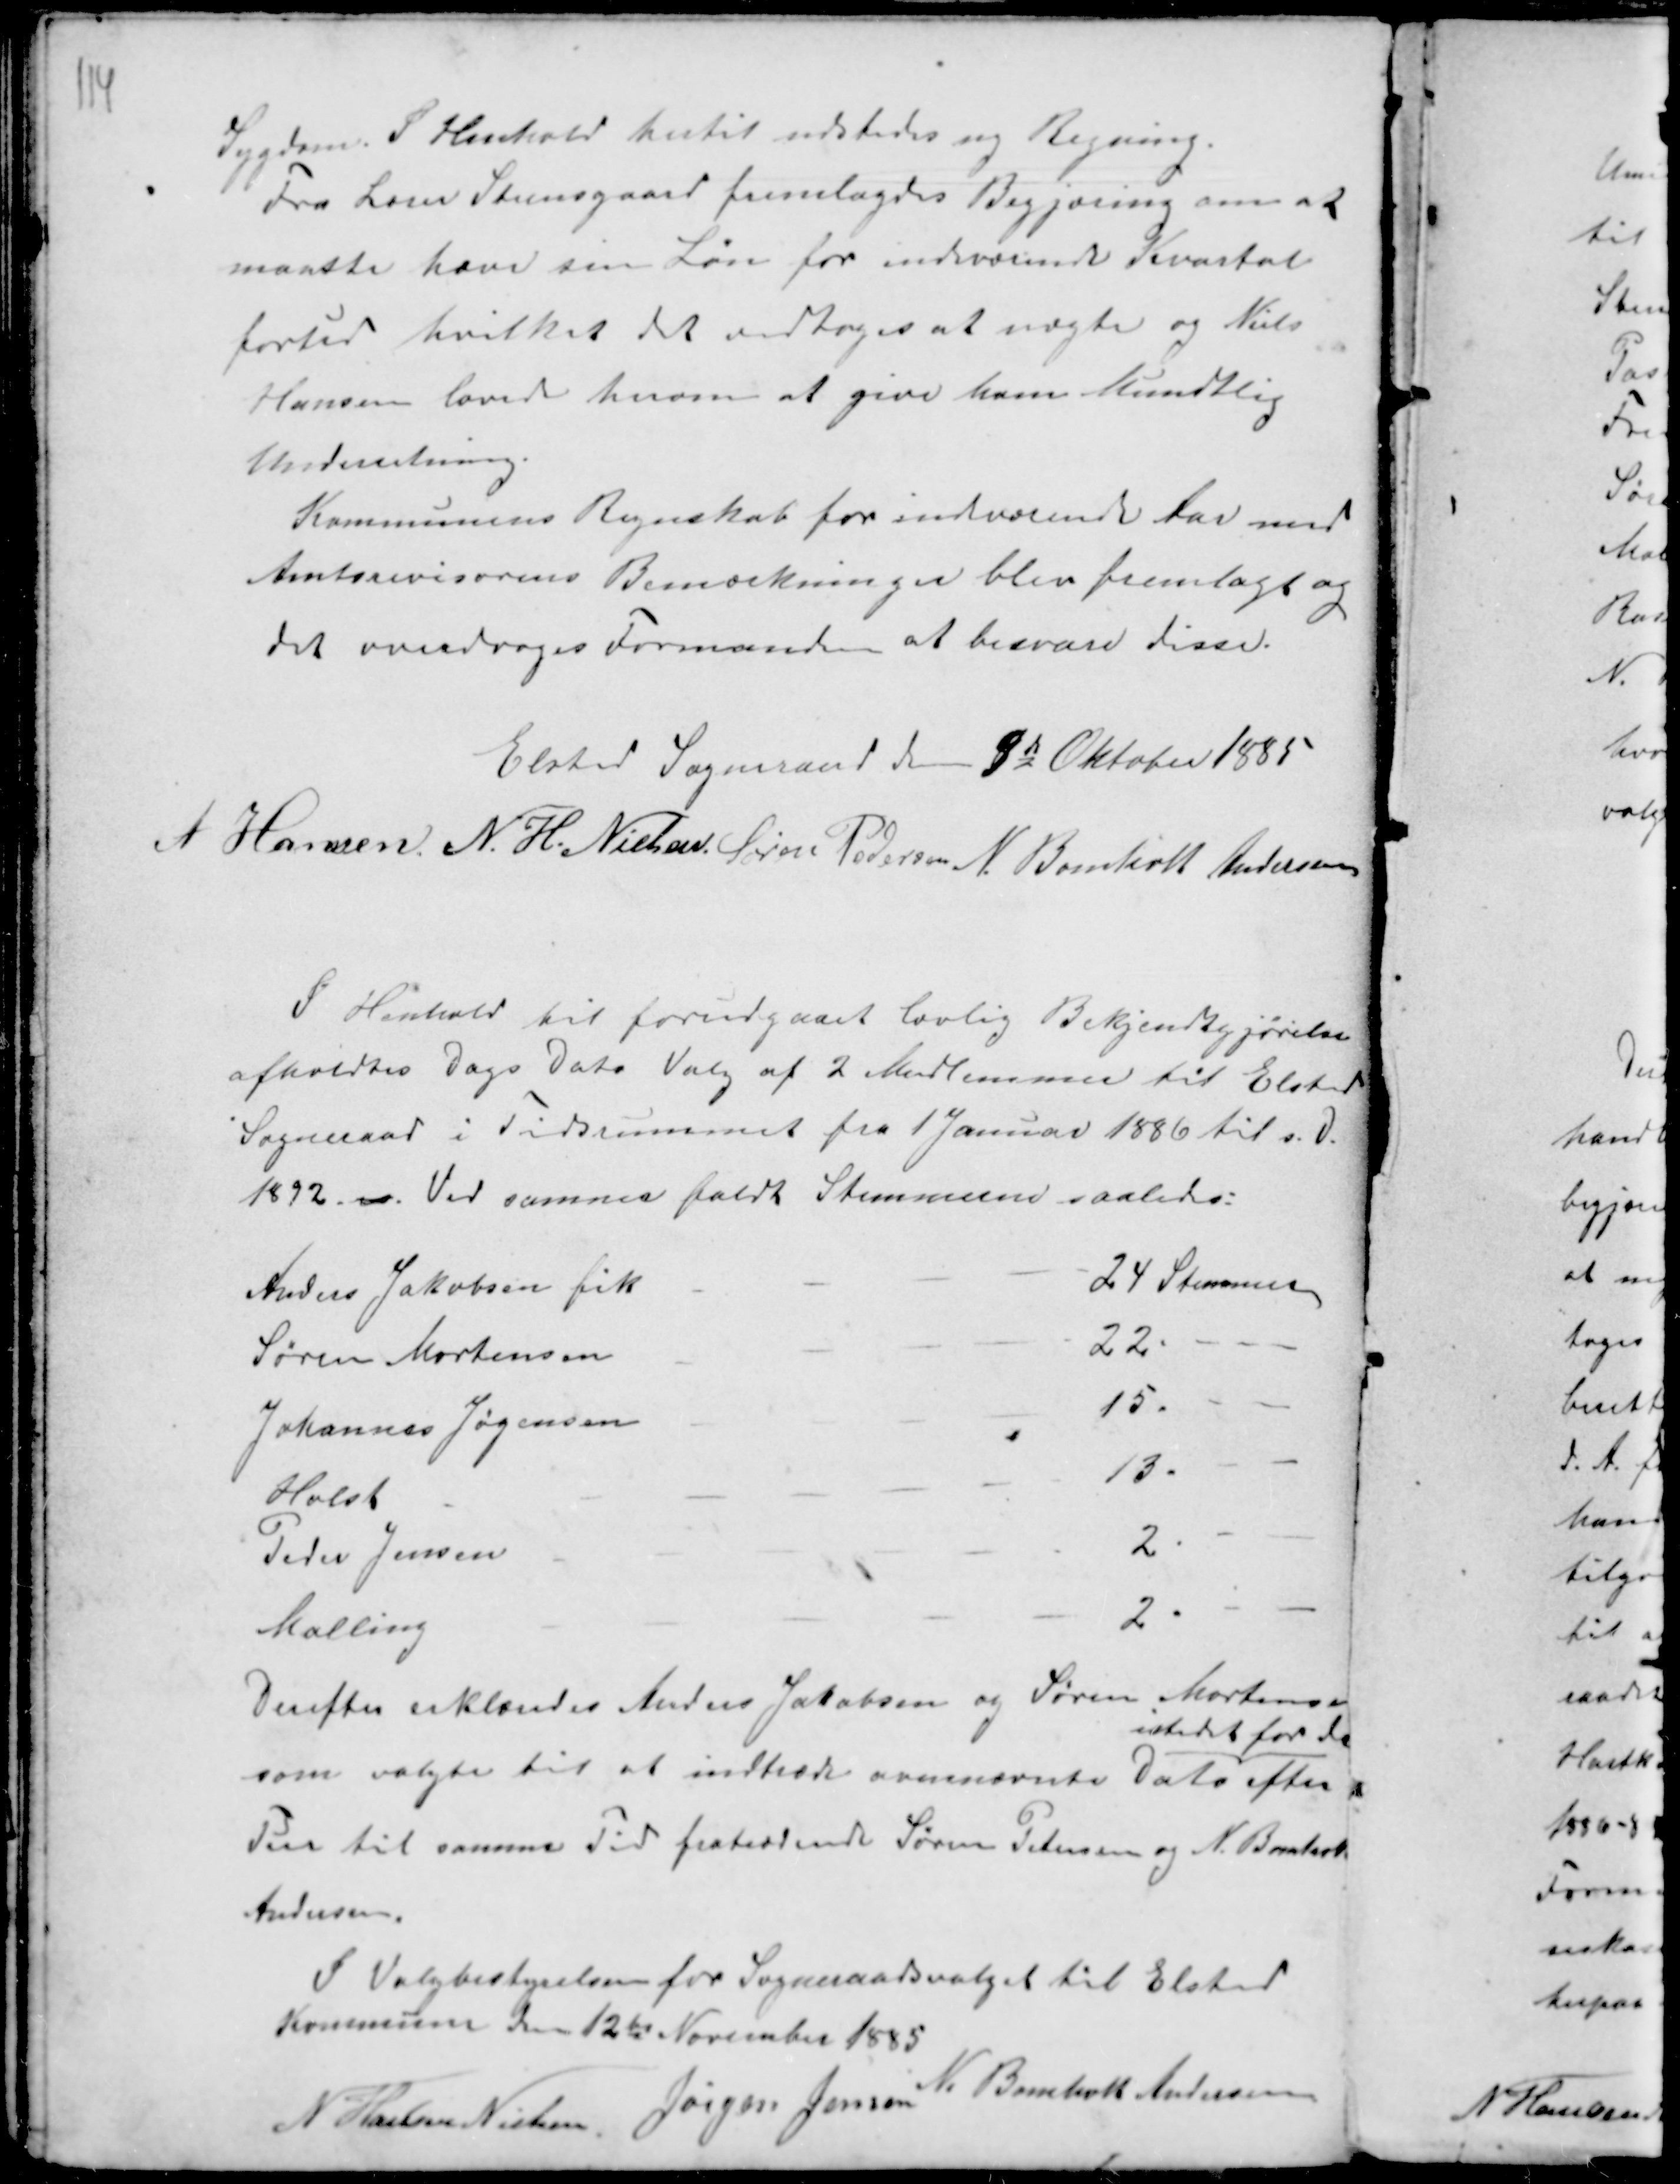
Transskription:
Sygdom. I Henhold hertil udstedes ny Regning.
Fra lærer Steensgaard fremlagdes Begjæring om at
maatte have sin Løn for indeværende Kvartal
forud hvilket det vedtoges at nægte og Niels
Hansen lovede herom at give ham Mundtlig
Underretning.
Kommunens Regnskab for indeværende Aar med
Amtsrevisorernes Bemærkninger blev fremlagt og
det overdrages Formanden at besvare disse.

Elsted Sogneraad 9de Oktober 1885
A Hansen N. H. Nielsen Søren Pedersen N. Bomholt Andersen

I Henhold til forudgaaet lovlig Bekjendtgjørelse
afholdes Dags Dato Valg af 2 Medlemmer til Elsted
Sogneraad i Tidsrummet fra 1 Januar 1886 til s.d.
1892 n. Ved samnes faldt Stemmerne saaledes:

Derefter erklæredes Anders Jakobsen og Søren Mortensen
som valgte til at indtræde ovennævnte Dato
istedet for de
efter
Tur til samme Tid fratrædende Søren Pedersen og N. Bomholt
Andersen.

I Valgbestyrelsen for Sogneraadsvalget til Elsted
Kommune den 12de November 1885
N Hansen Nielsen.
Jørgen Jensen
N. Bomholt Andersen